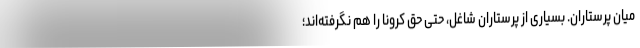
میان پرستاران. بسیاری از پرستاران شاغل، حتی حق کرونا را هم نگرفته‌اند؛